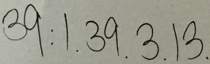
3 9 : 1 . 3 9 . 3 . 1 3 .